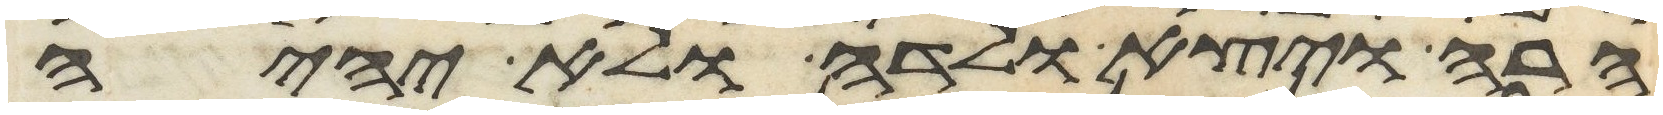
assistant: הרה ויצא ולדה ולא יהיה